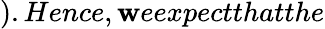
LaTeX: ).Hence,\mathbf{w}eexpectthatthe